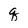
Character: q